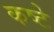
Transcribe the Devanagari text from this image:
कष्टे